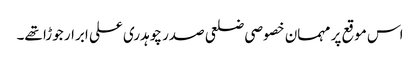
اس موقع پر مہمان خصوصی ضلعی صدر چوہدری علی ابرار جوڑا تھے۔